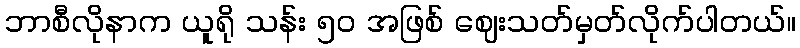
ဘာစီလိုနာက ယူရို သန်း ၅၀ အဖြစ် ဈေးသတ်မှတ်လိုက်ပါတယ်။